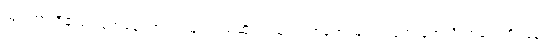
သွားတာကိုချည်း တွေ့နေရတယ်၊ မြင်တယ်ဆိုရင် မြင်ရတာရော မြင်တာရော မှတ်သိတာရော ရိပ်ခနဲ